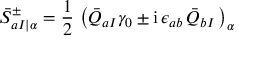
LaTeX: { \bar { S } } _ { a I \vert \alpha } ^ { \pm } = \frac { 1 } { 2 } \, \left( { \bar { Q } } _ { a I } \gamma _ { 0 } \pm \mathrm { i } \, \epsilon _ { a b } \, { \bar { Q } } _ { b I } \, \right) _ { \alpha }